65_HS1-834228961_62-HQ-83894_Section_2
Agency: FBI
Page 60
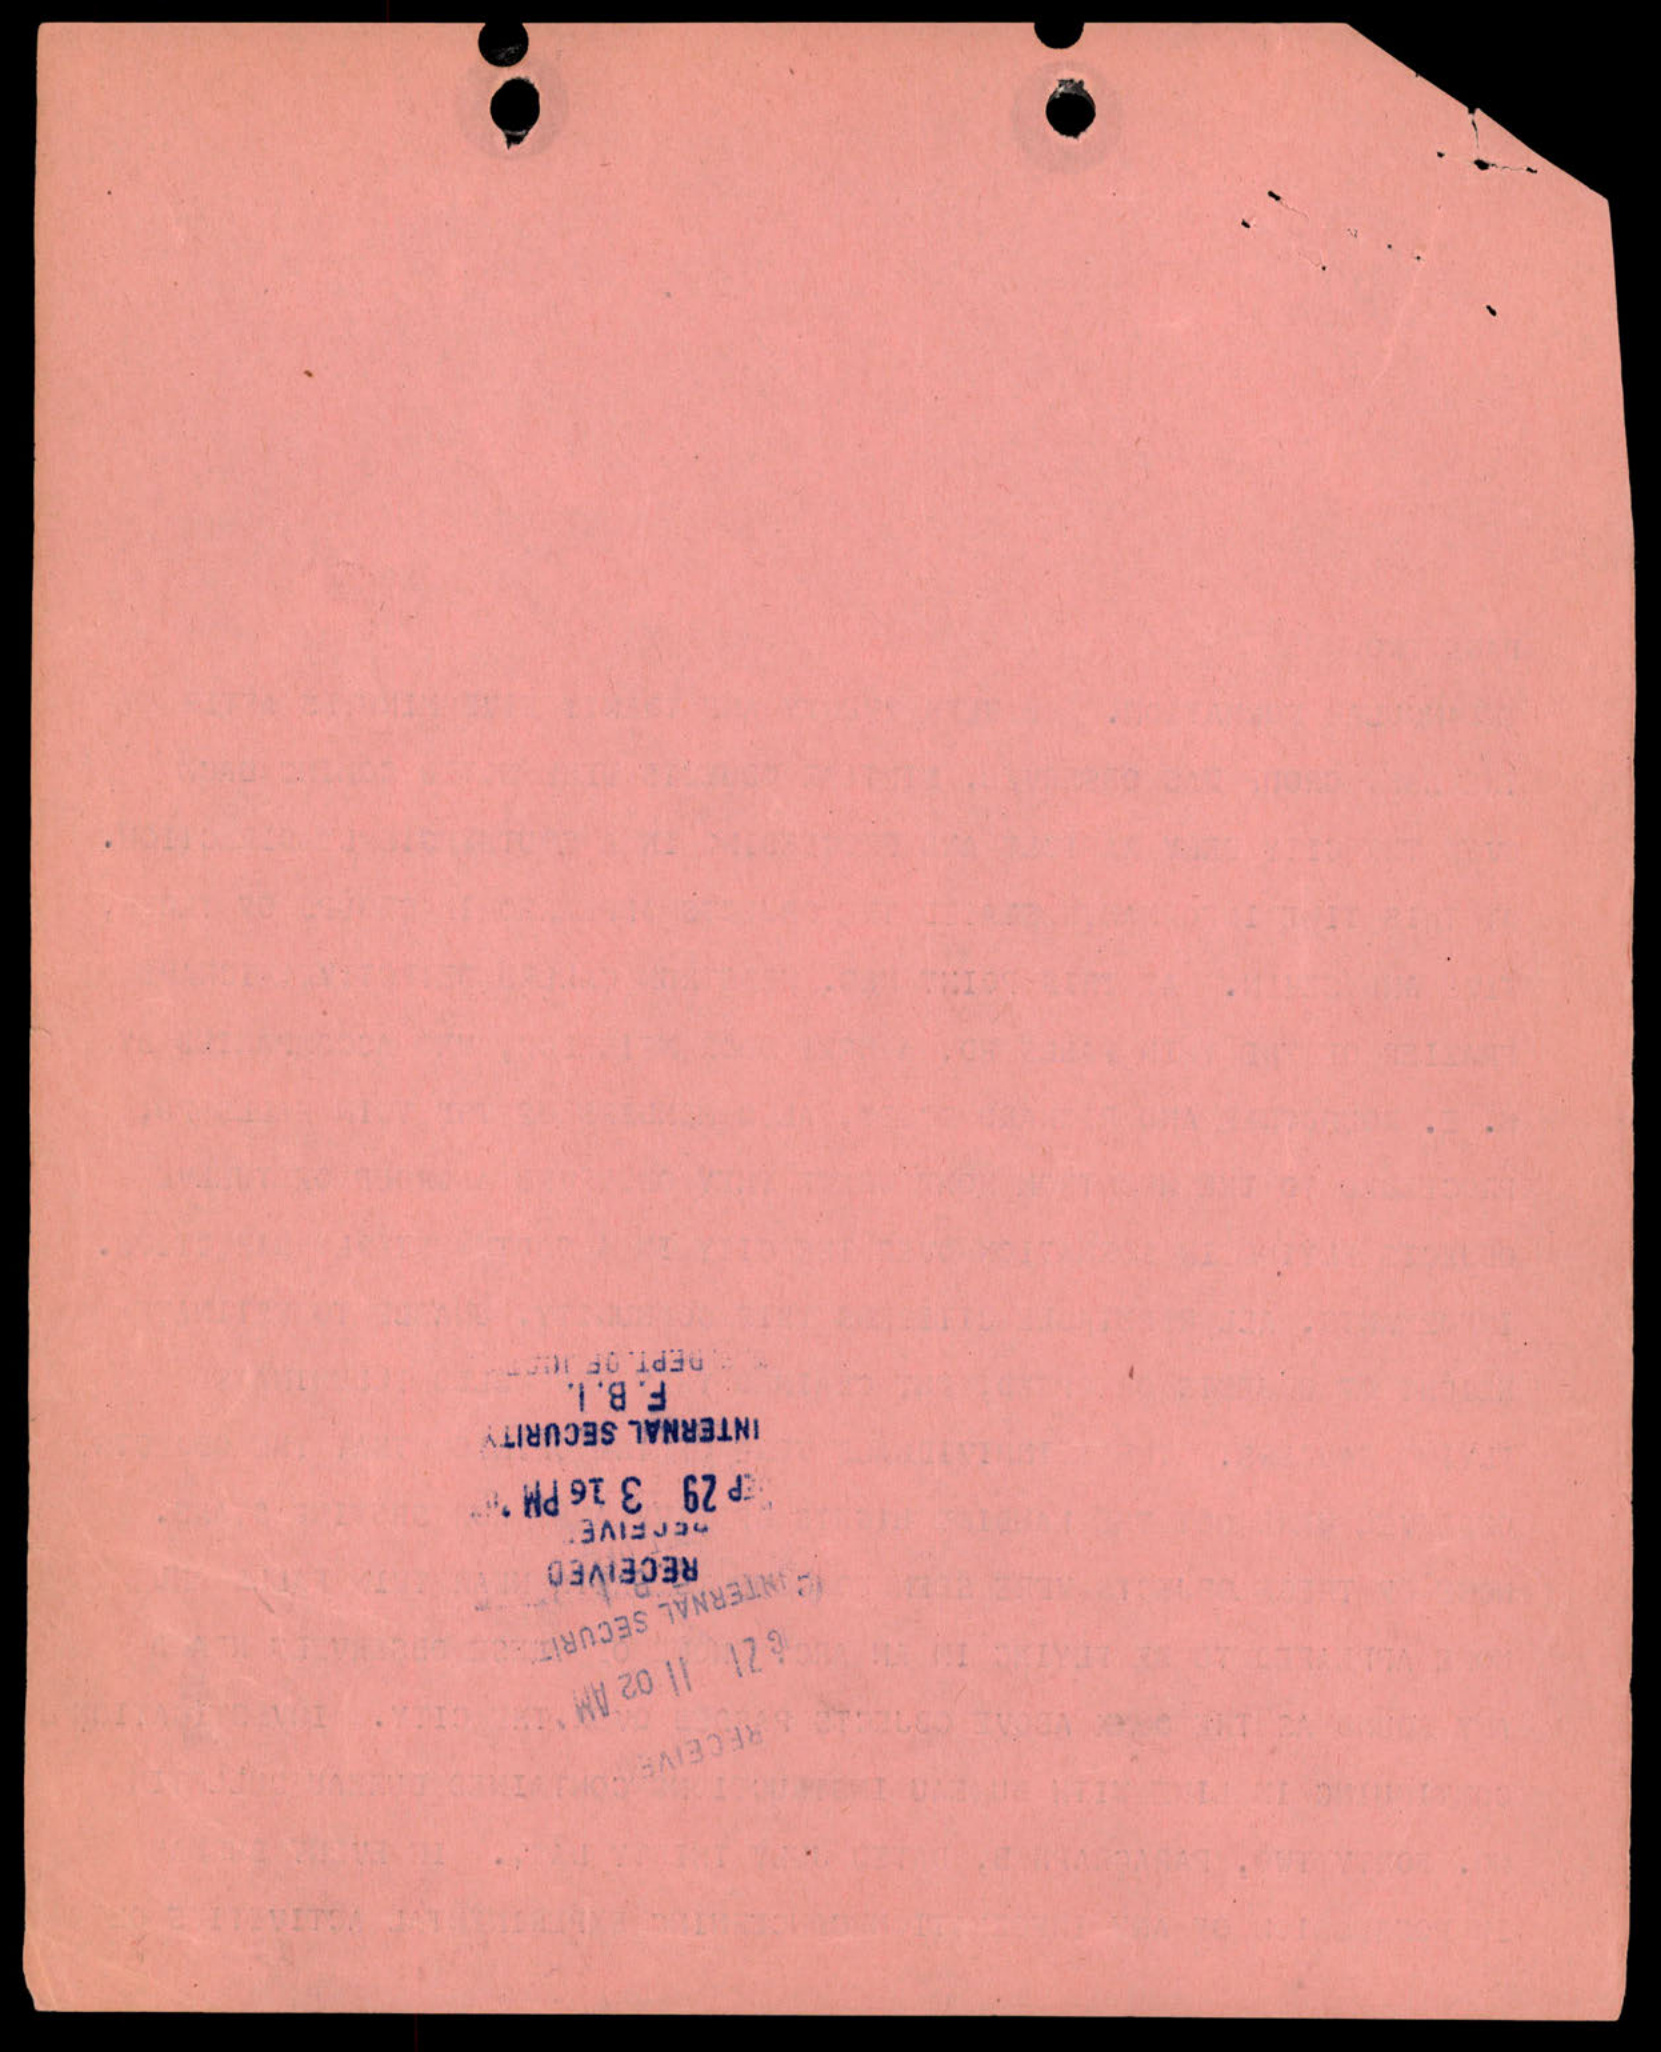